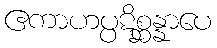
ဧကာဟပ္ပဋိစ္ဆန္နာပေ